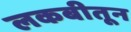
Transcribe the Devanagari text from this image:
लकबीतून